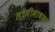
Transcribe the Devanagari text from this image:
लोणीमावळा